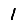
Digit: 1